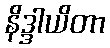
နိဒ္ဒါယိတာ